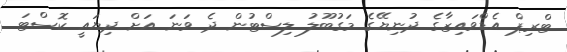
ޓްރިޕް އެޑްވައިޒާގެ ދުނިޔޭގެ މަގުބޫލު ލިސްޓުން ދެ ވަނަ އަށް ދިޔައީ ކޮސްޓަ